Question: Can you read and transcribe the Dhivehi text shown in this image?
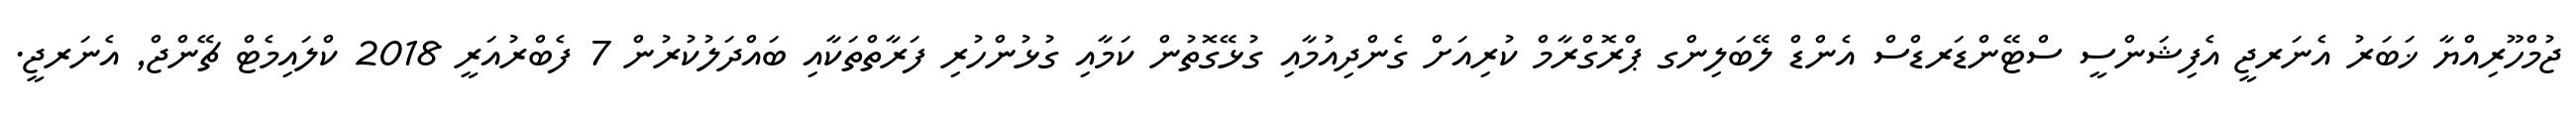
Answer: ޖުމްހޫރިއްޔާ ޚަބަރު އެނަރޖީ އެފިޝަންސީ ސްޓޭންޑަރޑްސް އެންޑް ލޭބަލިންގ ޕްރޮގްރާމް ކުރިއަށް ގެންދިއުމާއި ގުޅޭގޮތުން ކަމާއި ގުޅުންހުރި ފަރާތްތަކާއި ބައްދަލުކުރުން 7 ފެބްރުއަރީ 2018 ކްލައިމެޓް ޗޭންޖް, އެނަރޖީ.